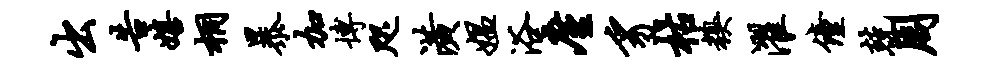
出告嬉桐暴加博咫潢媪浴廑豸枯糗濯僮兢周